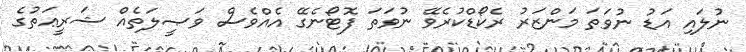
ނުލައި އަޑު ނުވަތަ މަންޒަރު ރެކޯޑްކުރެވޭ ނުވަތަ ފޮޓޯނެގޭ އެއްވެސް ވަޞީލަތެއް ޝަރީޢަތުގެ